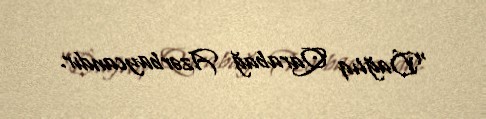
“Dağlıq Qarabağ Azərbaycandır.